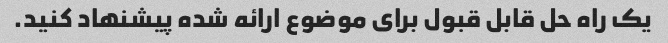
یک راه حل قابل قبول برای موضوع ارائه شده پیشنهاد کنید.